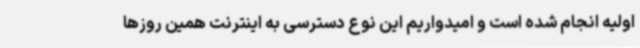
اولیه انجام شده است و امیدواریم این نوع دسترسی به اینترنت همین روزها